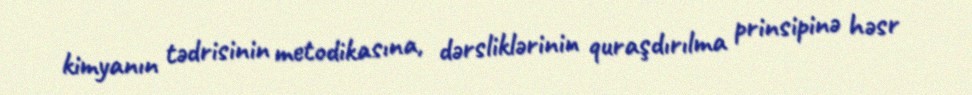
kimyanın tədrisinin metodikasına, dərsliklərinin quraşdırılma prinsipinə həsr